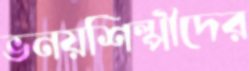
ভনয়শিল্পীদের